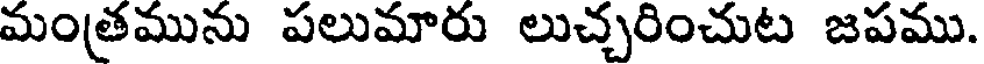
మంత్రమును పలుమారు లుచ్చరించుట జపము.